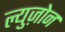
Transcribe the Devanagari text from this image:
ल्युज़ोन